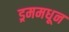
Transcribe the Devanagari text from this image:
ड्रममधून